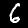
Digit: 6